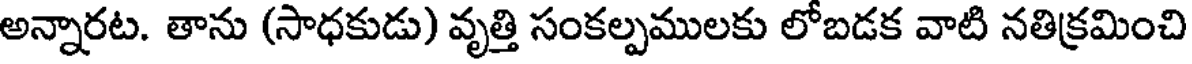
అన్నారట. తాను (సాధకుడు) వృత్తి సంకల్పములకు లోబడక వాటి నతిక్రమించి